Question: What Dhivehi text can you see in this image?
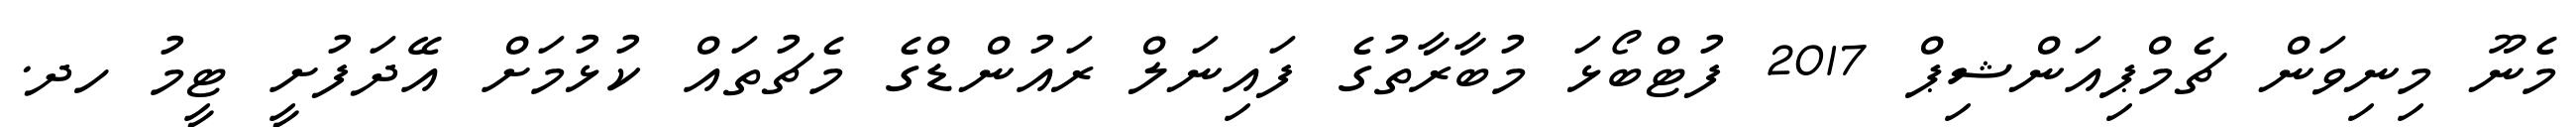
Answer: މެނޫ މިނިވަން ޗެމްޕިއަންޝިޕް 2017 ފުޓްބޯޅަ މުބާރާތުގެ ފައިނަލް ރައުންޑްގެ މެޗުތައް ކުޅުމަށް އޭދަފުށީ ޓީމު ހދ.